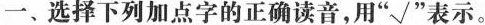
一、选择下列加点字的正确读音，用”√”表示。